Document type: Grant of rights
Year: 1280
Scribe: Pere Marc
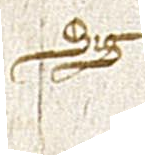
Sig